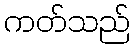
ကတ်သည်